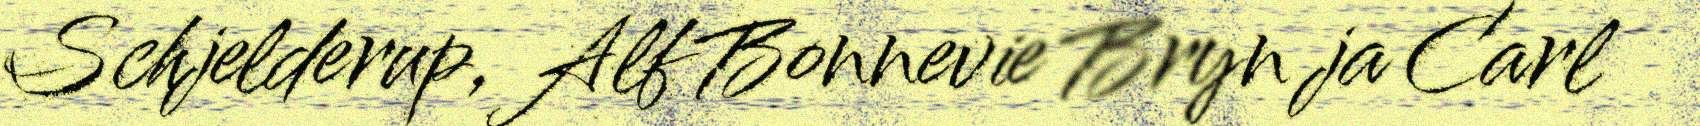
Schjelderup, Alf Bonnevie Bryn ja Carl